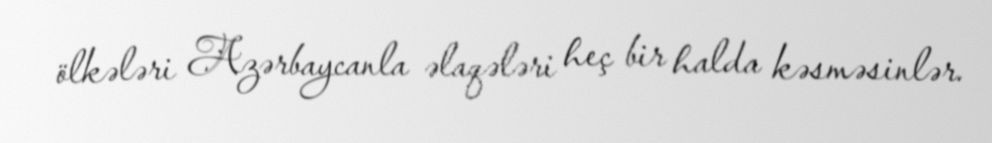
ölkələri Azərbaycanla əlaqələri heç bir halda kəsməsinlər.